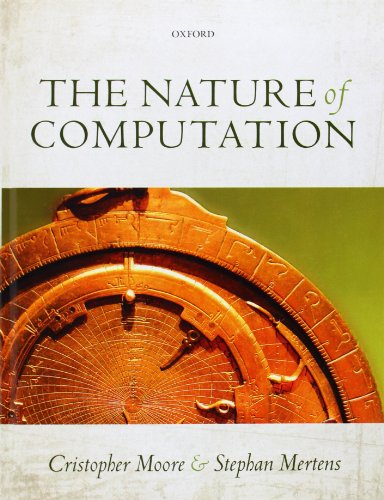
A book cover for The Nature of Computation; Cristopher Moore; Science & Math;